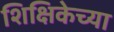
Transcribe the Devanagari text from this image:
शिक्षिकेच्या